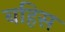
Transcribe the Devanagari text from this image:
बहिस